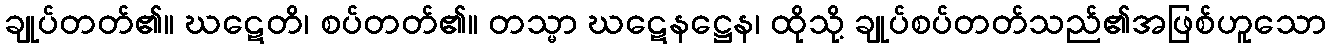
ချုပ်တတ်၏။ ဃဋေတိ၊ စပ်တတ်၏။ တသ္မာ ဃဋေနဋ္ဌေန၊ ထိုသို့ ချုပ်စပ်တတ်သည်၏အဖြစ်ဟူသော